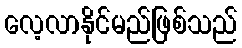
လေ့လာနိုင်မည်ဖြစ်သည်